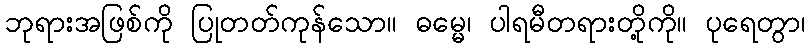
ဘုရားအဖြစ်ကို ပြုတတ်ကုန်သော။ ဓမ္မေ၊ ပါရမီတရားတို့ကို။ ပုရေတွာ၊